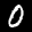
Label: 0